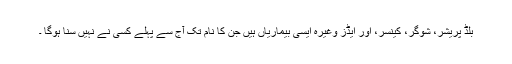
بلڈ پریشر، شوگر، کینسر، اور ایڈز وغیرہ ایسی بیماریاں ہیں جن کا نام تک آج سے پہلے کسی نے نہیں سنا ہوگا ۔